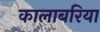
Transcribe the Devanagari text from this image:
कालाबरिया